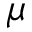
\mu